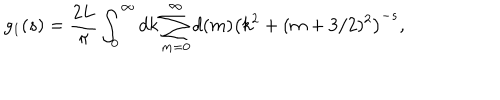
g _ { 1 } ( s ) = \frac { 2 L } { \pi } \int _ { 0 } ^ { \infty } d k \sum _ { m = 0 } ^ { \infty } d ( m ) \left( k ^ { 2 } + ( m + 3 / 2 ) ^ { 2 } \right) ^ { - s } ,